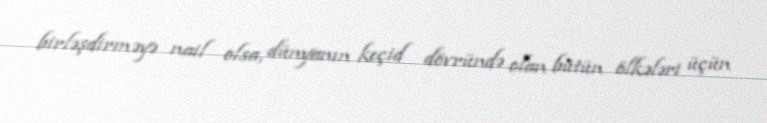
birləşdirməyə nail olsa, dünyanın keçid dövründə olan bütün ölkələri üçün